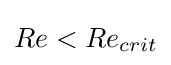
Re<Re_{crit}